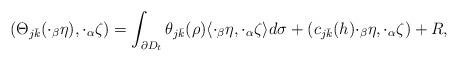
LaTeX: \begin{align*} (\Theta_{j\bar k}({\cdot_\beta\eta}), {\cdot_\alpha\zeta})=\int_{\partial D_t} \theta_{j\bar k}(\rho) \langle {\cdot_\beta\eta},{\cdot_\alpha\zeta}\rangle d \sigma + (c_{j\bar k}(h) {\cdot_\beta\eta}, {\cdot_\alpha\zeta}) + R,\end{align*}